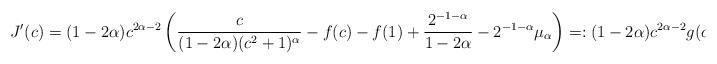
LaTeX: \begin{align*}J'(c)= (1-2\alpha)c^{2\alpha-2} \left( \frac c{(1-2\alpha)(c^2+1)^\alpha} -f(c) - f(1) + \frac{ 2^{-1-\alpha} } {1-2\alpha} - 2^{-1-\alpha} \mu_\alpha \right) =: (1-2\alpha)c^{2\alpha-2} g(c).\end{align*}